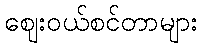
ဈေးဝယ်စင်တာများ